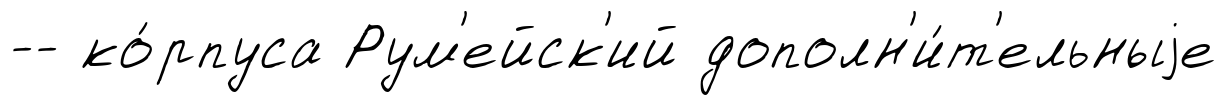
-- ко́рпуса Рум'ейск'ий дополн'и́т'ельныjе